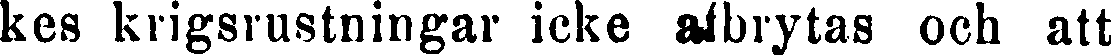
kes krigsrustningar icke afbrytas och att